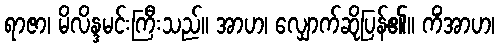
ရာဇာ၊ မိလိန္ဒမင်းကြီးသည်။ အာဟ၊ လျှောက်ဆိုပြန်၏။ ကိံအာဟ၊